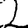
Digit: 2